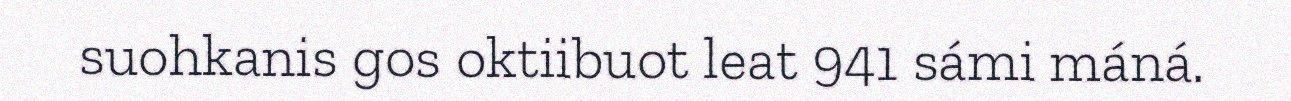
suohkanis gos oktiibuot leat 941 sámi máná.